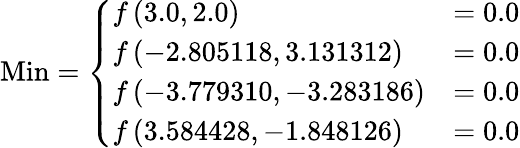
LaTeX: {\mathrm{Min}}={\left\{ \begin{array}{ll}{f\left(3.0,2.0\right)}&{=0.0}\\ {f\left(-2.805118,3.131312\right)}&{=0.0}\\ {f\left(-3.779310,-3.283186\right)}&{=0.0}\\ {f\left(3.584428,-1.848126\right)}&{=0.0}\end{array}\right.}